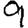
Digit: 9